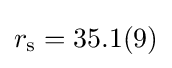
r_{\rm {s}}=35.1(9)